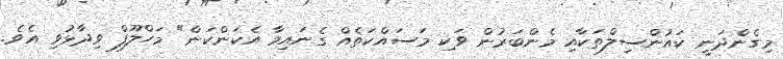
މިގެންދަނީ ކައުންސިލްތަކާއި މެންބަރުން ވަކި މަސައްކަތެއް ގެނައިމާ އެކަންކަން" މަހްލޫފް ވިދާޅުވި އެވެ.